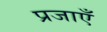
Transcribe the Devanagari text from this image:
प्रजाएँ